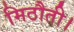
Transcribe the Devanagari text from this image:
मिठौती।